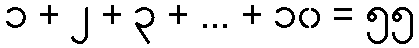
၁ + ၂ + ၃ + ... + ၁၀ = ၅၅